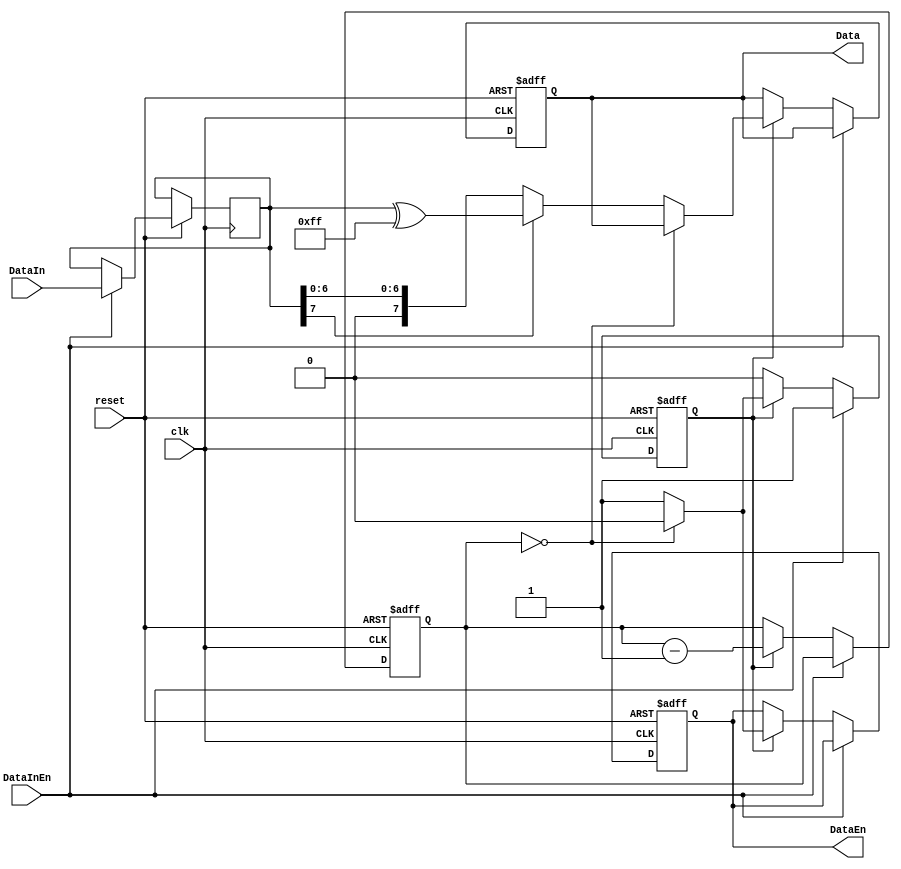
module control(DataIn,clk,reset,Data,DataInEn,DataEn);
	input [7:0]DataIn;
	input clk,reset,DataInEn;
	output reg DataEn;
	output reg [7:0]Data;
	reg [7:0]data;
	reg [3:0]count;
	reg outready;
	
	always@(posedge clk,negedge reset)
	begin
		if(reset==0)
		begin
			count<=15;
			Data<=0;
			DataEn<=0;
			outready<=0;
		end
		
		else if(DataInEn)
		begin
				outready<=1;
				data<=DataIn;
		end
		else if(outready)
		begin
			count<=count-1;
			if(count==0)
			begin
				DataEn<=0;
				outready<=0;
			end
			else
			begin			
				DataEn<=1;
				if(data[7]==1)
					Data<=data^8'b11111111;
				else
					Data<=data;
			end
			
		end
	end
	/*
	always@(negedge clk)
	begin
		if(reset==0) begin outready<=0; end
		else if(DataInEn) begin outready<=1;data<=DataIn; end
		else if(outready==1&&count==0) begin outready<=0;end
	end
	*/
endmodule